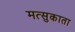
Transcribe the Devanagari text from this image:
मत्सुकाता